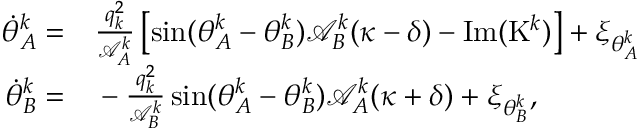
\begin{array} { r l } { \! \! \dot { \theta } _ { A } ^ { k } = } & { { } \frac { q _ { k } ^ { 2 } } { \mathcal { A } _ { A } ^ { k } } \left[ \sin ( \theta _ { A } ^ { k } - \theta _ { B } ^ { k } ) \mathcal { A } _ { B } ^ { k } ( \kappa - \delta ) - \mathrm { I m } ( \mathrm { K } ^ { k } ) \right] + \xi _ { \theta _ { A } ^ { k } } } \\ { \! \! \dot { \theta } _ { B } ^ { k } = } & { { } - \frac { q _ { k } ^ { 2 } } { \mathcal { A } _ { B } ^ { k } } \sin ( \theta _ { A } ^ { k } - \theta _ { B } ^ { k } ) { \mathcal { A } _ { A } ^ { k } ( \kappa + \delta ) } + \xi _ { \theta _ { B } ^ { k } } , } \end{array}